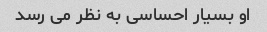
او بسیار احساسی به نظر می رسد